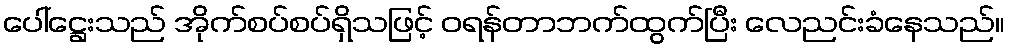
ပေါ်ဋ္ဌေးသည် အိုက်စပ်စပ်ရှိသဖြင့် ဝရန်တာဘက်ထွက်ပြီး လေညင်းခံနေသည်။